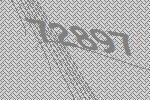
72897